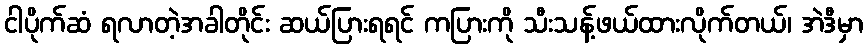
ငါပိုက်ဆံ ရလာတဲ့အခါတိုင်း ဆယ်ပြားရရင် ကပြားကို သီးသန့်ဖယ်ထားလိုက်တယ်၊ အဲဒီမှာ